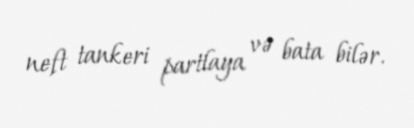
neft tankeri partlaya və bata bilər.